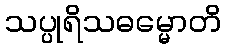
သပ္ပုရိသဓမ္မောတိ